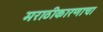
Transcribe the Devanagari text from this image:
मराठीकारणाचा